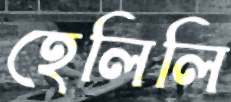
হেলিলি